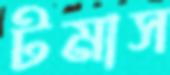
টমাস